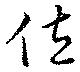
位